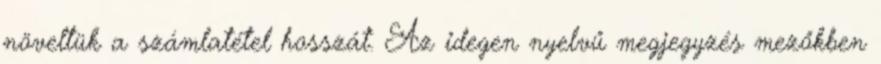
növeltük a számlatétel hosszát. Az idegen nyelvű megjegyzés mezőkben